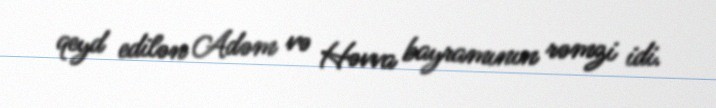
qeyd edilən Adəm və Həvva bayramının rəmzi idi.